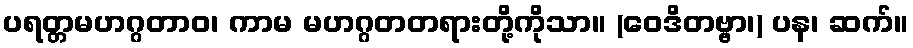
ပရတ္တမဟဂ္ဂတာဝ၊ ကာမ မဟဂ္ဂတတရားတို့ကိုသာ။ (ဝေဒိတဗ္ဗာ၊) ပန၊ ဆက်။